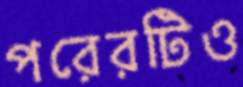
পরেরটিও